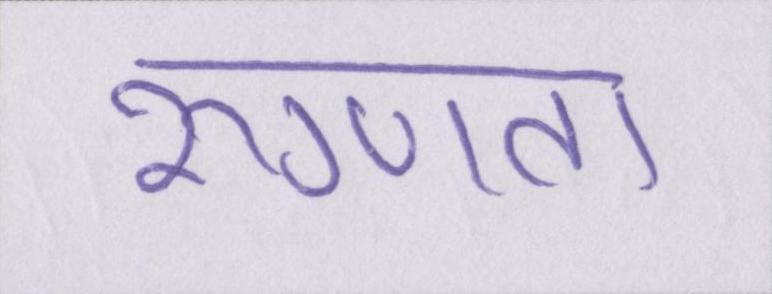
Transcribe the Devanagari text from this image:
रुग्णता